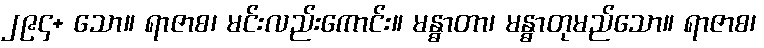
၂၉၄+ သော။ ရာဇာစ၊ မင်းလည်းကောင်း။ မန္ဓာတာ၊ မန္ဓာတုမည်သော။ ရာဇာစ၊